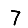
Digit: 7